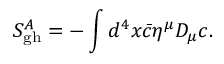
S _ { \mathrm { g h } } ^ { A } = - \int d ^ { 4 } x { \bar { c } } \eta ^ { \mu } D _ { \mu } c .